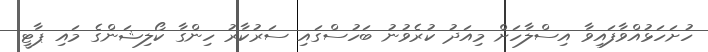
ހުށަހަޅުއްވާފައިވާ އިސްލާހަށް މިއަދު ކުރެވުނު ބަހުސްގައި ސަރުކާރު ހިންގާ ކޯލިޝަންގެ މައި ޕާޓީ